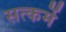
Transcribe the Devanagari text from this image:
सत्कर्मे